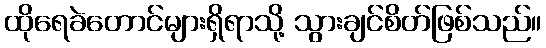
ထိုရေခဲတောင်များရှိရာသို့ သွားချင်စိတ်ဖြစ်သည်။